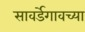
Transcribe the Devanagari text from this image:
सावर्डेगावच्या